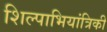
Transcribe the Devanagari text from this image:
शिल्पाभियांत्रिकी